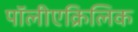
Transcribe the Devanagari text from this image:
पॉलीएक्रिलिक